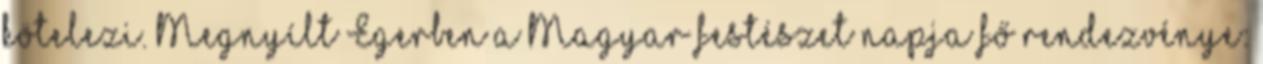
kötelezi. Megnyílt Egerben a Magyar festészet napja fő rendezvénye: